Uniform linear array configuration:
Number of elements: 32
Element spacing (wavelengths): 0.25
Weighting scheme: uniform
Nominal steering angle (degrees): -30
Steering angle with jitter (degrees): -28.711
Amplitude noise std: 0.05
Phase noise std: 0.05

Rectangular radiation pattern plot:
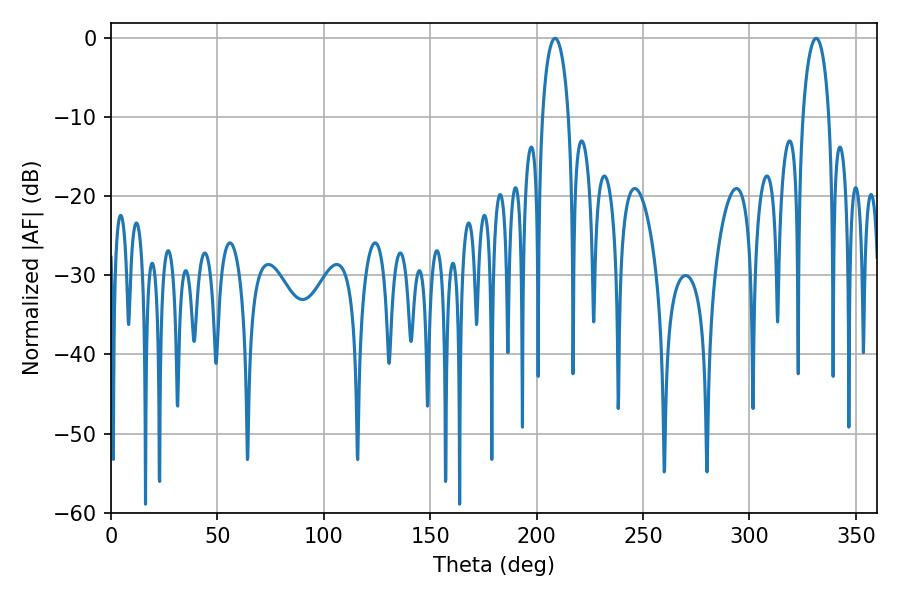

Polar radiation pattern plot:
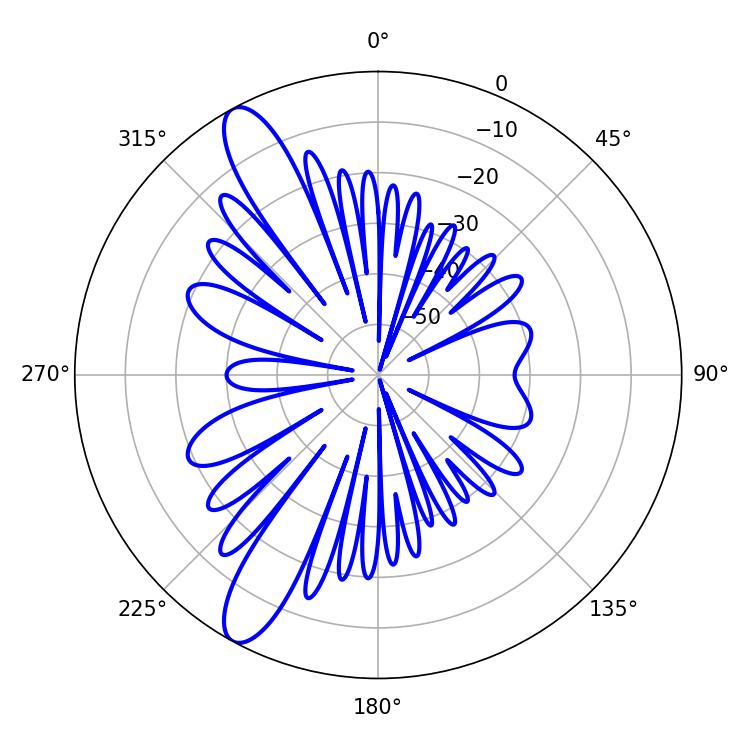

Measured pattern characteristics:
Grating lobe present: FALSE
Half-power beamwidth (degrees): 7.02
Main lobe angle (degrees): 208.62